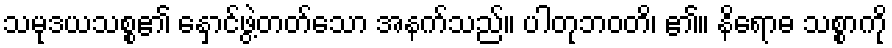
သမုဒယသစ္စ၏ နှောင်ဖွဲ့တတ်သော အနက်သည်။ ပါတုဘဝတိ၊ ၏။ နိရောဓ သစ္စာကို